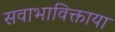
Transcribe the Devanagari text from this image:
सवाभाविक्ताया